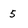
Character: 5